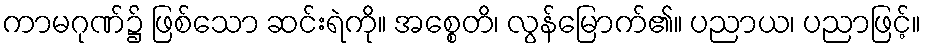
ကာမဂုဏ်၌ ဖြစ်သော ဆင်းရဲကို။ အစ္စေတိ၊ လွန်မြောက်၏။ ပညာယ၊ ပညာဖြင့်။